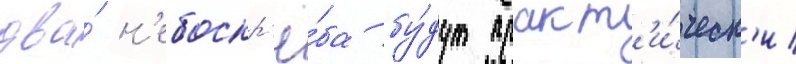
два́ н'ебоскр'ё́ба бу́дут практ'и́ческ'и